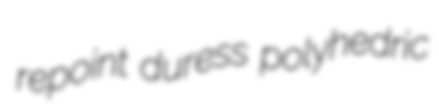
repoint duress polyhedric